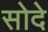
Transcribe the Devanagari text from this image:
सोदे